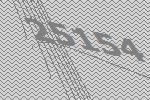
25154